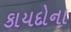
કાયદોના